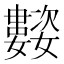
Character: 𭒰